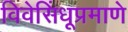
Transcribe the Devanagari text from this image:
विवेसिंधूप्रमाणे